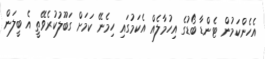
އެހެންކަމުން ޓެންޑާ ބޯޑުގެ އިހުމާލެއް އެކަމުގައި ހިމެނޭ ކަމަށް ގަބޫލުކުރެވޭތީ އެ ބީލަން